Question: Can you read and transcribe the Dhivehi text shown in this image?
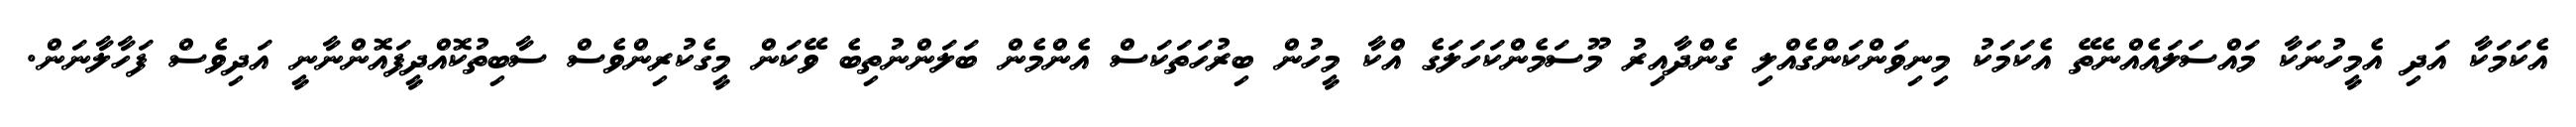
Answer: އެކަމަކާ އަދި އެމީހުނަކާ މައްސަލައެއްނެތޭ އެކަމަކު މިނިވަންކަންގެއްލި ގެންދާއިރު މޫސަމެންކަހަލަގެ އްކާ މީހުން ބިރުހަތަކަސް އެންމެން ބަލަންނުތިބެ ވޭކަން މީގެކުރިންވެސް ސާބިތުކޮއްދީފައޮންނާނީ އަދިވެސް ފަހާލާނަން.